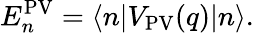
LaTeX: E_{n}^{\mathrm{PV}}=\langle{n}|V_{\mathrm{PV}}(q)|{n}\rangle.